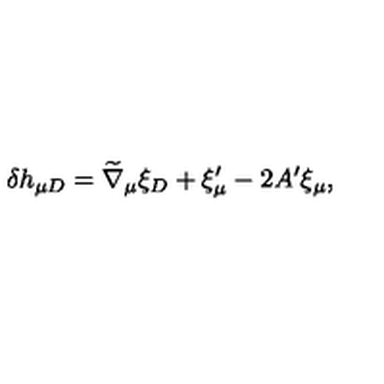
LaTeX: \delta h _ { \mu D } = { \widetilde \nabla } _ { \mu } \xi _ { D } + \xi _ { \mu } ^ { \prime } - 2 A ^ { \prime } \xi _ { \mu } ,